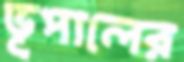
ভূপালের